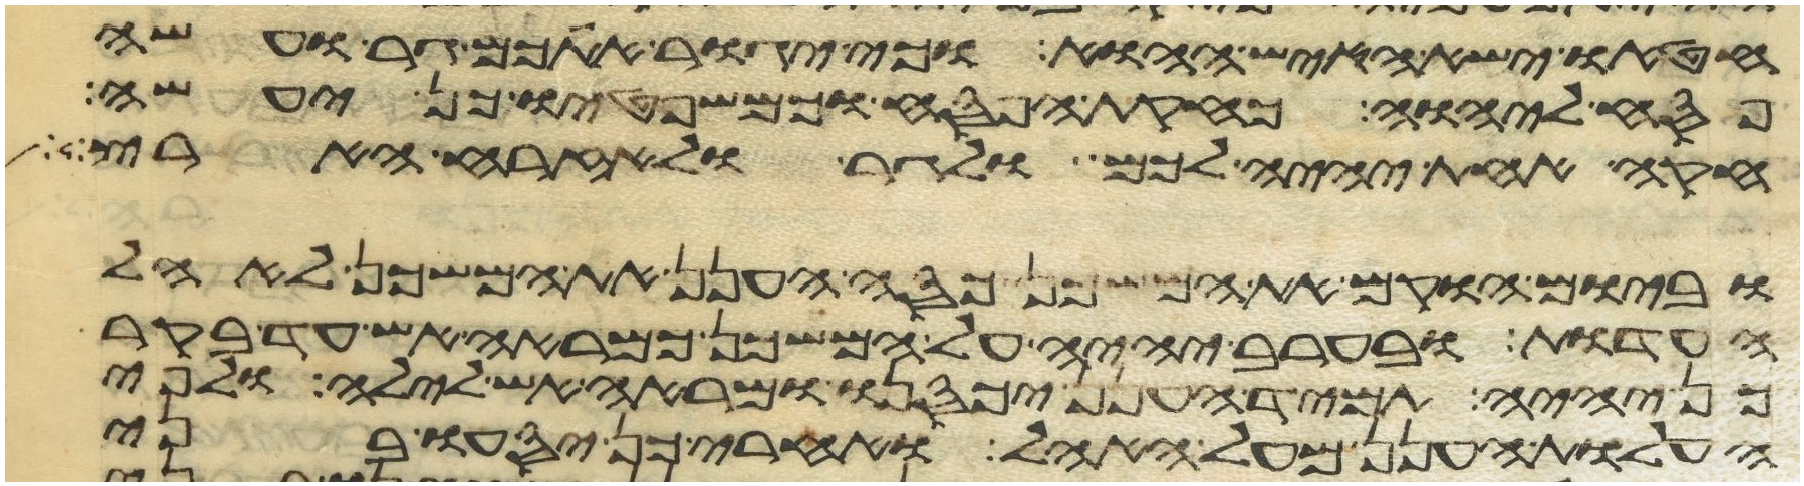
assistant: חטאו ישא האיש ההוא וכי יגור אתכם גר ועשה
פסח ליהוה כחקות הפסח וכמשפטיו כן יעשה
חקה אחת יהיה לכם ולגר ולאזרח הארץ
וביום הוקם את המשכן כסה הענן את המשכן לאהל
העדות ובערב יהיה על המשכן כמראה אש עד בקר
כן יהיה תמיד הענן יכסנו ומראה אש לילה ולפי
העלות הענן מעל האהל ואחרי כן יסעו בני